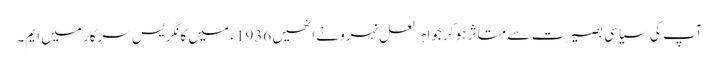
آپ کی سیاسی بصیرت سے متاثر ہو کر جواہر لعل نہرونے انھیں 1936 ء میں کانگریس سرکار میں ایم۔